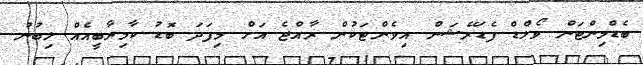
ބެޑްމިންޓަން ވޯލްޑް ފެޑަރޭޝަން އިވެންޓަކުން ރާއްޖެ އަށް މިފަދަ ބޮޑު ކާމިޔާބީއެއް ލިބުނު